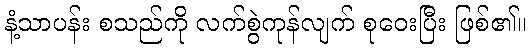
နံ့သာပန်း စသည်ကို လက်စွဲကုန်လျက် စုဝေးပြီး ဖြစ်၏။